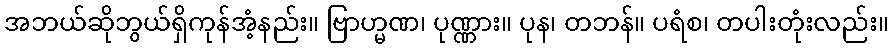
အဘယ်ဆိုဘွယ်ရှိကုန်အံ့နည်း။ ဗြာဟ္မဏ၊ ပုဏ္ဏား။ ပုန၊ တဘန်။ ပရံစ၊ တပါးတုံးလည်း။